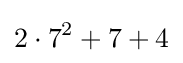
2\cdot 7^{2}+7+4